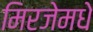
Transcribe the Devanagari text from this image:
मिरजेमधे